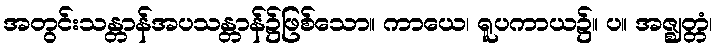
အတွင်းသန္တာန်အပသန္တာန်၌ဖြစ်သော။ ကာယေ၊ ရူပကာယ၌။ ပ။ အဇ္ဈတ္တံ၊